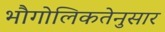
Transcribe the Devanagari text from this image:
भौगोलिकतेनुसार